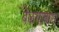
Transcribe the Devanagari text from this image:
बेळगावास